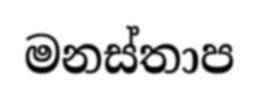
මනස්තාප